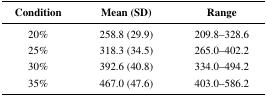
<table><thead><tr><td><b>Condition</b></td><td><b>Mean (SD)</b></td><td><b>Range</b></td></tr></thead><tbody><tr><td>20%</td><td>258.8 (29.9)</td><td>209.8–328.6</td></tr><tr><td>25%</td><td>318.3 (34.5)</td><td>265.0–402.2</td></tr><tr><td>30%</td><td>392.6 (40.8)</td><td>334.0–494.2</td></tr><tr><td>35%</td><td>467.0 (47.6)</td><td>403.0–586.2</td></tr></tbody></table>